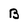
Character: B